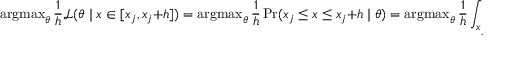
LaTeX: \operatorname { a r g m a x } _ { \theta } { \frac { 1 } { h } } { \mathcal { L } } ( \theta \mid x \in [ x _ { j } , x _ { j } + h ] ) = \operatorname { a r g m a x } _ { \theta } { \frac { 1 } { h } } \operatorname* { P r } ( x _ { j } \leq x \leq x _ { j } + h \mid \theta ) = \operatorname { a r g m a x } _ { \theta } { \frac { 1 } { h } } \int _ { x _ { j } } ^ { x _ { j } + h } f ( x \mid \theta ) \, d x ,